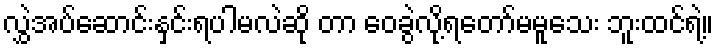
လွှဲအပ်ဆောင်းနှင်းရပါမလဲဆို တာ ဝေခွဲလို့ရတော်မမူသေး ဘူးထင်ရဲ့။